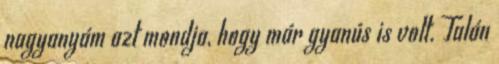
nagyanyám azt mondja, hogy már gyanús is volt. Talán